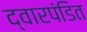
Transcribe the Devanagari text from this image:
द्वारपंडित